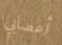
أعصابي